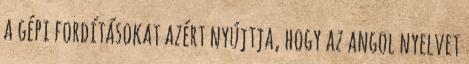
a gépi fordításokat azért nyújtja, hogy az angol nyelvet